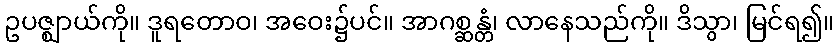
ဥပဇ္ဈာယ်ကို။ ဒူရတောဝ၊ အဝေး၌ပင်။ အာဂစ္ဆန္တံ၊ လာနေသည်ကို။ ဒိသွာ၊ မြင်ရ၍။